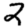
Digit: 2